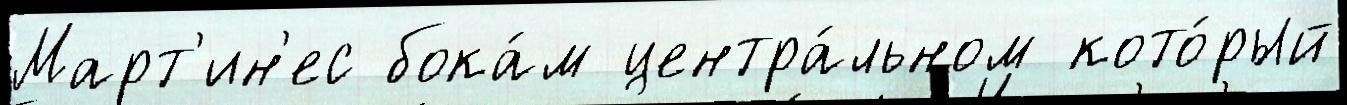
Март'ин'ес бока́м центра́льном кото́рый